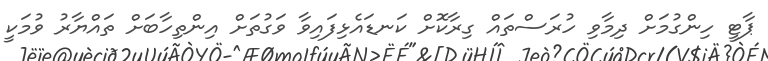
ޕާޓީ ހިންގުމަށް ދިމާވި ހުރަސްތައް ގިރާކޮށް ކަނޑައެޅިފައިވާ ވަގުތަށް އިންތިހާބަށް ތައްޔާރު ވުމަކީ